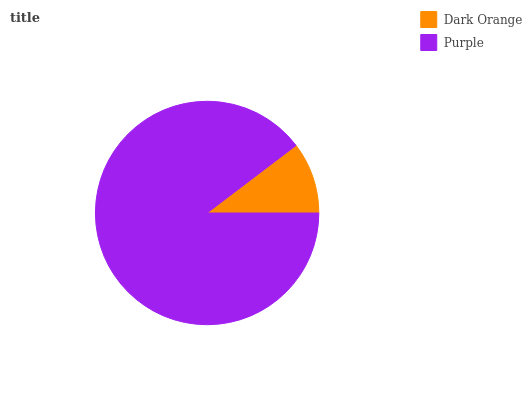
| Dark Orange | Purple |
 | --- | --- |
 | 10.4% | 89.6% |